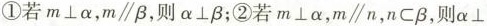
①若$$m\perp \alpha $$，$$m \parallel \beta $$，则$$\alpha \perp \beta $$；②若$$m\perp \alpha $$，$$m \parallel n$$，$$n \subset \beta $$，则\alpha \perp